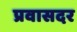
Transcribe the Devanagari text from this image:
प्रवासदर